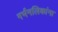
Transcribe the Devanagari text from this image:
गर्भनलिकांना